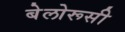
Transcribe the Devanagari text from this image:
बेलोरूसी